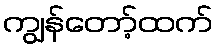
ကျွန်တော့်ထက်